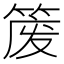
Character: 𫂈